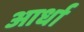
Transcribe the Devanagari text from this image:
आर्धा